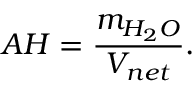
A H = { \frac { m _ { H _ { 2 } O } } { V _ { n e t } } } .